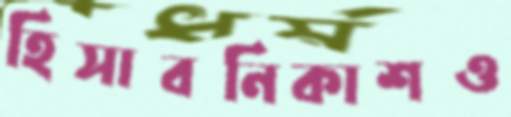
হিসাবনিকাশও